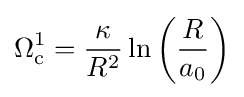
\Omega _{\text{c}}^{1}={\frac {\kappa }{R^{2}}}\ln {\left({\frac {R}{a_{0}}}\right)}